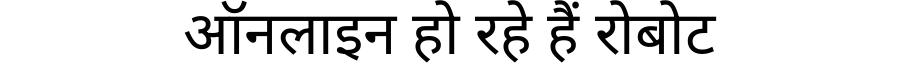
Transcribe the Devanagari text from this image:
ऑनलाइन हो रहे हैं रोबोट